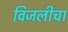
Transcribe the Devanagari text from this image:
विजलीचा